Annual report of the Central Committee of the Association together with the report of the directors of the Pasteur Institute at Kasauli
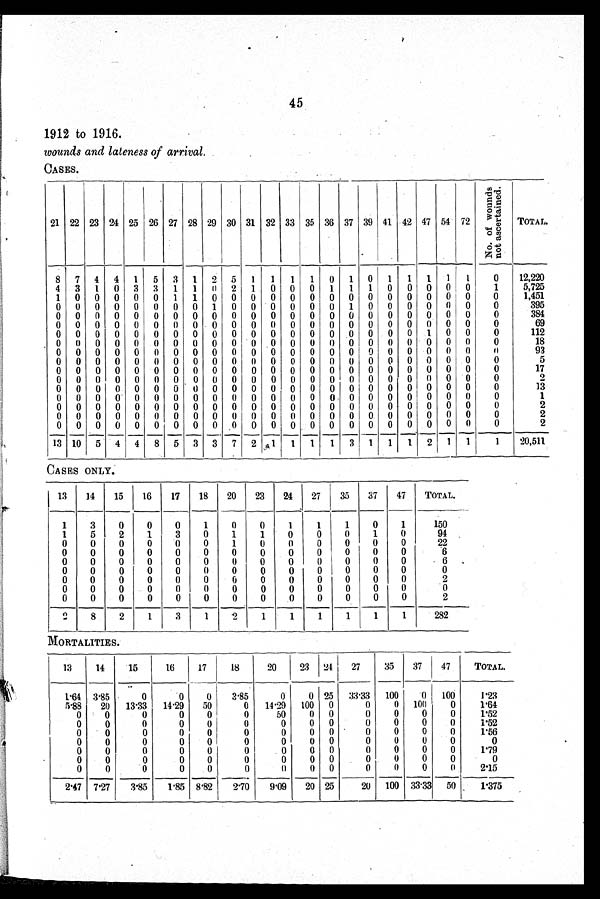
45
1912 to 1916.
wounds and lateness of arrival
CASES.
21 22 23 24 25 26 27 28 29 30 31 32 33 35 36 37 39 41 42 47 54 72
N o . o f W o u n d s
n o t a s c e r t a i n e d
TOTAL.
8 7 4 4 1 5 3 1 2 5 1 1 1 1
0 1
0 1 1 1 1 1
0 12,220
4 3 1
0 3 3 1 1 0 2 1
0
0
0 1 1 1
0
0
0
0
0
1
5,725
1 0
0
0
0 0 1 1
0
0
0
0 0
0
0
0
0
0
0
0
0 0
0
1,451
0 0
0 0
0
0
0
0 1
0
0 0
0
0
0 1
0
0
0
0
0
0
0
395
0
0
0
0
0
0
0
0
0
0
0
0
0
0
0
0
0
0
0
0
0
0
0
384
0
0
0
0
0
0
0
0
0 0
0
0
0
0
0
0
0
0
0
0
0 0
0
69
0
0
0
0 0
0
0 0 0 0
0
0
0
0
0
0
0
0 0 1
0
0
0
112
0 0
0 0
0
0
0
0
0
0
0
0 0
0 0
0
0
0
0
0
0
0
0
18
0 0 0 0 0
0 0
0
0
0
0
0
0
0
0
0 0 0
0
0
0
0
0
93
0
0 0
0
0
0
0
0
0
0
0
0
0
0
0
0
0
0
0
0
0
0
0
5
0
0 0
0
0
0 0
0
0
0
0
0
0 0
0
0
0
0
0 0 0 0
0
17
0
0
0
0
0
0 0 0
0
0
0
0
0
0
0
0 0
0
0 0 0 0
0
2
0
0
0
0 0
0
0 0
0 0
0
0
0
0
0
0
0
0
0 0
0
0
0
13
0
0
0
0 0
0
0
0 0
0
0
0
0 0 0
0
0
0
0 0
0
0
0
1
0 0
0
0
0
0 0
0 0
0
0
0
0
0
0
0
0
0
0 0
0
0
0
2
0
0
0
0
0
0
0
0 0 0
0
0 0
0
0 0
0
0
0
0
0
0
0
2
0
0
0
0
0
0
0
0 0
0 0
0
0 0
0
0
0 0
0 0
0
0
0
2
13 10 5 4 4 8 5 3 3 7 2
1 1 1 1 3 1 1 1 2 1 1
1
20,511
CASES ONLY.
13
14
15
16
17
18
20 23
24
27
35
37
47
TOTAL.
1
3
0
0
0
1
0
0
1
1
1
0
1
150
1
5
2
1
3
0
1
1
0
0
0
1
0
94
0
0
0
0
0
0
1
0
0
0
0
0
0
22
0
0
0
0
0
0
0
0
0
0
0
0
0
6
0
0
0
0
0
0
0
0
0
0
0
0
0
6
0
0
0
0
0
0
0
0
0
0
0
0
0
0
0
0
0
0
0
0
0
0
0
0
0
0
0
2
0
0
0
0
0
0
0
0
0
0
0
0
0
0
0
0
0
0
0
0
0
0
0
0
0
0
0
2
2
8
2
1
3
1
2
1
1
1
1
1
1
282
MORTALITIES.
13
14
15
16
17
18
20
23 24
27
35
37
47
TOTAL.
1.64 3.85
0
0
0 3.85
0
0 25 33.33 100
0 100
1.23
5 . 8 8 20 13.33
1 4 . 2 9 50
0
1 4 . 2 9 100
0
0
0 100
0
1 . 6 4
0
0
0
0
0
0
50
0
0
0
0
0
0
1.52
0
0
0
0
0
0
0
0
0
0
0
0
0
1 . 5 2
0
0
0
0
0
0
0
0
0
0
0
0
0
1.56
0
0
0
0
0
0
0
0
0
0
0
0
0
0
0
0
0
0
0
0
0
0
0
0
0
0
0
1.79
0
0
0
0
0
0
0
0
0
0
0
0
0
0
0
0
0
0
0
0
0
0
0
0
0
0
0
2 1 . 5
2 . 4 7 7.27
3.85
1.85
8 . 8 2 2.70
9 . 0 9 20 25
20 100 33.33 50
1.375